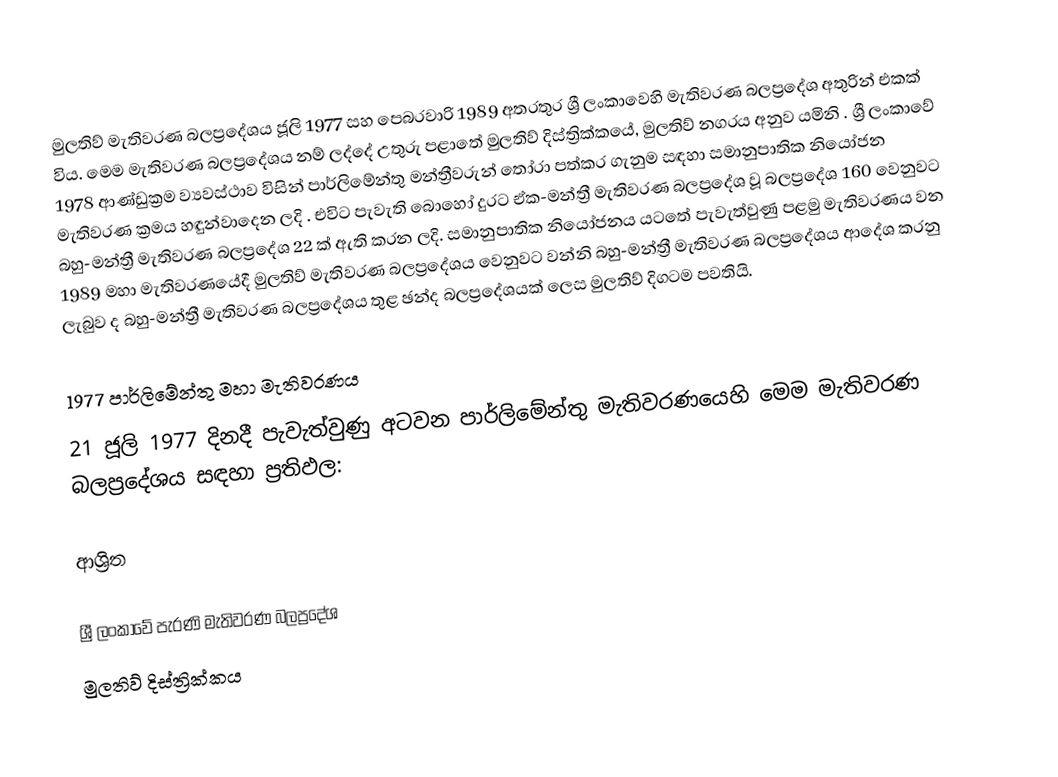
මුලතිව් මැතිවරණ බලප්‍රදේශය  ජූලි 1977 සහ පෙබරවාරි 1989 අතරතුර  ශ්‍රී ලංකාවෙහි  මැතිවරණ බලප්‍රදේශ අතුරින් එකක් විය. මෙම මැතිවරණ බලප්‍රදේශය නම් ලද්දේ උතුරු පළාතේ  මුලතිව් දිස්ත්‍රික්කයේ,  මුලතිව් නගරය අනුව යමිනි . ශ්‍රී ලංකාවේ 1978 ආණ්ඩුක්‍රම ව්‍යවස්ථාව විසින්   පාර්ලිමේන්තු මන්ත්‍රීවරුන් තෝරා පත්කර ගැනුම සඳහා සමානුපාතික නියෝජන මැතිවරණ ක්‍රමය හඳුන්වාදෙන ලදි . එවිට පැවැති බොහෝ දුරට  ඒක-මන්ත්‍රී මැතිවරණ බලප්‍රදේශ වූ බලප්‍රදේශ 160 වෙනුවට බහු-මන්ත්‍රී මැතිවරණ බලප්‍රදේශ 22 ක් ඇති කරන ලදි. සමානුපාතික නියෝජනය යටතේ පැවැත්වුණු පළමු මැතිවරණය වන 1989 මහා මැතිවරණයේදී  මුලතිව් මැතිවරණ බලප්‍රදේශය වෙනුවට  වන්නි බහු-මන්ත්‍රී මැතිවරණ බලප්‍රදේශය  ආදේශ කරනු ලැබුව ද බහු-මන්ත්‍රී මැතිවරණ බලප්‍රදේශය තුළ ඡන්ද බලප්‍රදේශයක් ලෙස මුලතිව් දිගටම පවතියි.

1977 පාර්ලිමේන්තු මහා මැතිවරණය
21 ජූලි 1977 දිනදී පැවැත්වුණු  අටවන පාර්ලිමේන්තු මැතිවරණයෙහි මෙම මැතිවරණ බලප්‍රදේශය සඳහා ප්‍රතිඵල:

ආශ්‍රිත

ශ්‍රී ලංකාවේ පැරණි මැතිවරණ බලප්‍රදේශ
මුලතිව්  දිස්ත්‍රික්කය